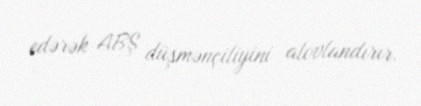
edərək ABŞ düşmənçiliyini alovlandırır.